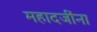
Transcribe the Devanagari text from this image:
महादजींना